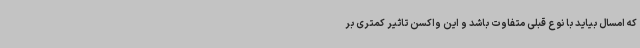
که امسال بیاید با نوع قبلی متفاوت باشد و این واکسن تاثیر کمتری بر